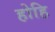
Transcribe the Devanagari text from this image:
होहि